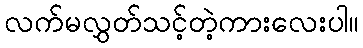
လက်မလွှတ်သင့်တဲ့ကားလေးပါ။